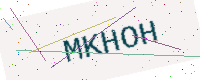
Text: MKHOH